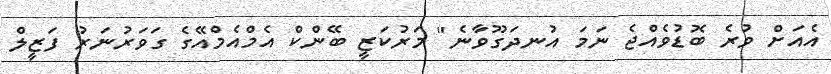
އެއަށް ވުރެ ބޮޑުވެއްޖެ ނަމަ އުނދަގޫވާނެ" މަރުކަޒީ ބޭންކް އެމްއެމްއޭގެ ގަވަރުނަރު ފަޒީލް